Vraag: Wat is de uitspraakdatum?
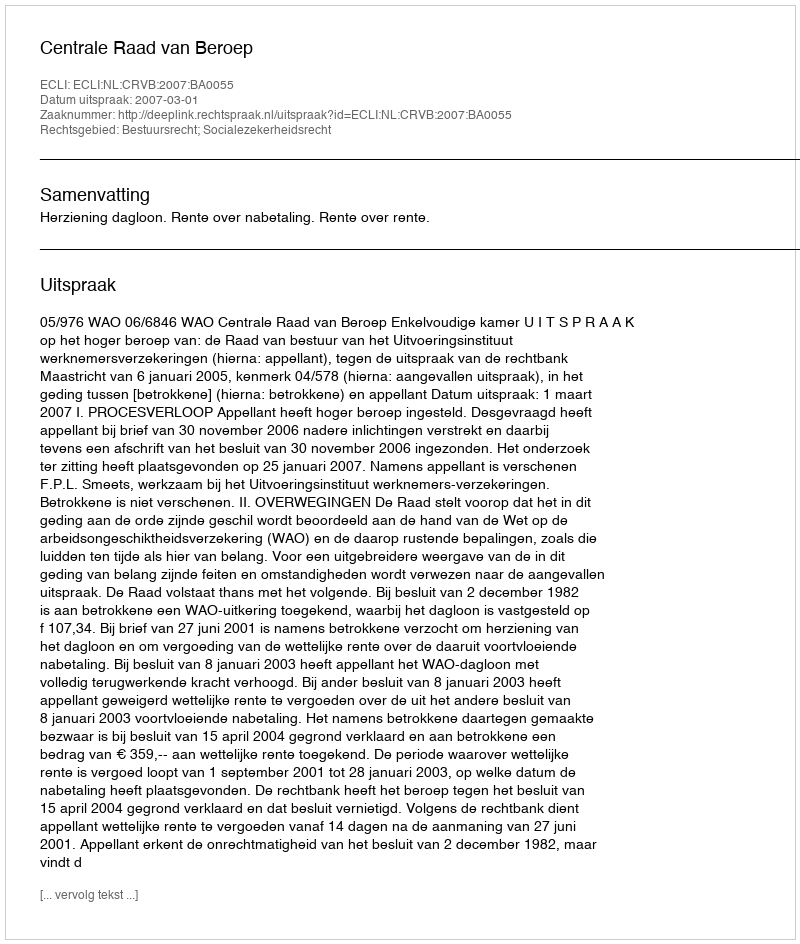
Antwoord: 2007-03-01